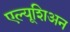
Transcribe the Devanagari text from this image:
एल्यूशिअन